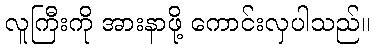
လူကြီးကို အားနာဖို့ ကောင်းလှပါသည်။